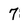
Character: 7